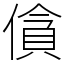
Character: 僋